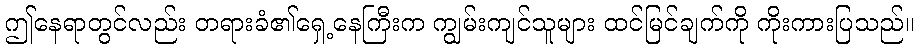
ဤနေရာတွင်လည်း တရားခံ၏ရှေ့နေကြီးက ကျွမ်းကျင်သူများ ထင်မြင်ချက်ကို ကိုးကားပြသည်။